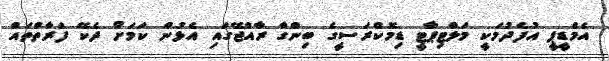
އެމްޑީޕީ އުފެދުމަކީ މަލްޓިޕާޓީ ޑިމޮކްރަސީގެ ބިންގާ ރާއްޖޭގައި އެޅުން ކަމަށް ދެކޭ ފަރާތްތައް